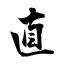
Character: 直